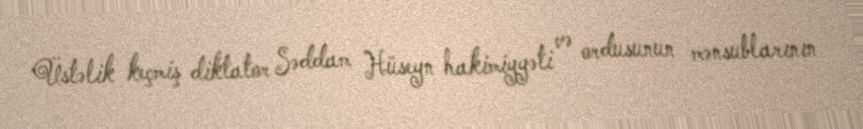
Üstəlik keçmiş diktator Səddam Hüseyn hakimiyyəti və ordusunun mənsublarının